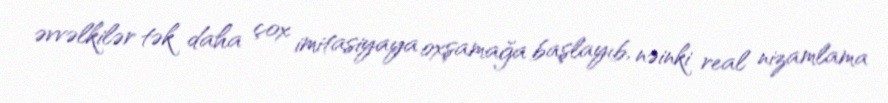
əvvəlkilər tək daha çox imitasiyaya oxşamağa başlayıb, nəinki real nizamlama